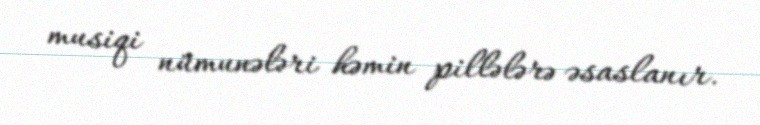
musiqi nümunələri həmin pillələrə əsaslanır.